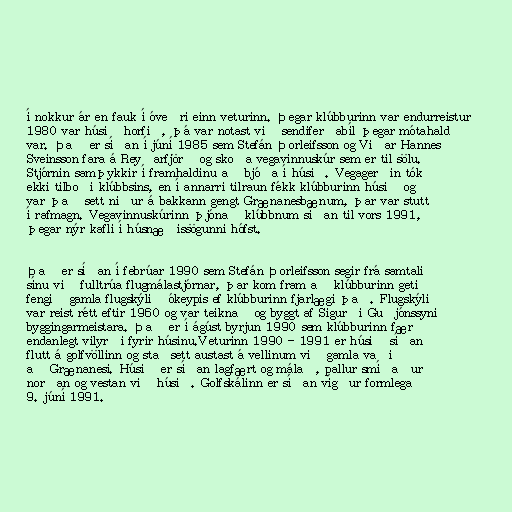
í nokkur ár en fauk í óveðri einn veturinn. Þegar klúbburinn var endurreistur
1980 var húsið horfið, þá var notast við sendiferðabíl þegar mótahald
var. Það er síðan í júní 1985 sem Stefán Þorleifsson og Viðar Hannes
Sveinsson fara á Reyðarfjörð og skoða vegavinnuskúr sem er til sölu.
Stjórnin samþykkir í framhaldinu að bjóða í húsið. Vegagerðin tók
ekki tilboði klúbbsins, en í annarri tilraun fékk klúbburinn húsið og
var það sett niður á bakkann gengt Grænanesbænum, þar var stutt
í rafmagn. Vegavinnuskúrinn þjónað klúbbnum síðan til vors 1991,
þegar nýr kafli í húsnæðissögunni hófst.

Það er síðan í febrúar 1990 sem Stefán Þorleifsson segir frá samtali
sínu við fulltrúa flugmálastjórnar, þar kom fram að klúbburinn geti
fengið gamla flugskýlið ókeypis ef klúbburinn fjarlægi það. Flugskýli
var reist rétt eftir 1960 og var teiknað og byggt af Sigurði Guðjónssyni
byggingarmeistara. Það er í ágúst byrjun 1990 sem klúbburinn fær
endanlegt vilyrði fyrir húsinu.Veturinn 1990 - 1991 er húsið síðan
flutt á golfvöllinn og staðsett austast á vellinum við gamla vaðið
að Grænanesi. Húsið er síðan lagfært og málað, pallur smíðaður
norðan og vestan við húsið. Golfskálinn er síðan vígður formlega
9. júní 1991.